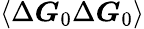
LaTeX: \left\langle\Delta\boldsymbol{G}_{0}\Delta\boldsymbol{G}_{0}\right\rangle